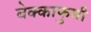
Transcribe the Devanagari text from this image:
बेक्काफुमी